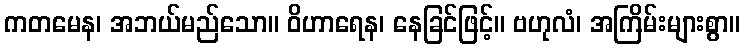
ကတမေန၊ အဘယ်မည်သော။ ဝိဟာရေန၊ နေခြင်ဖြင့်။ ဗဟုလံ၊ အကြိမ်းများစွာ။